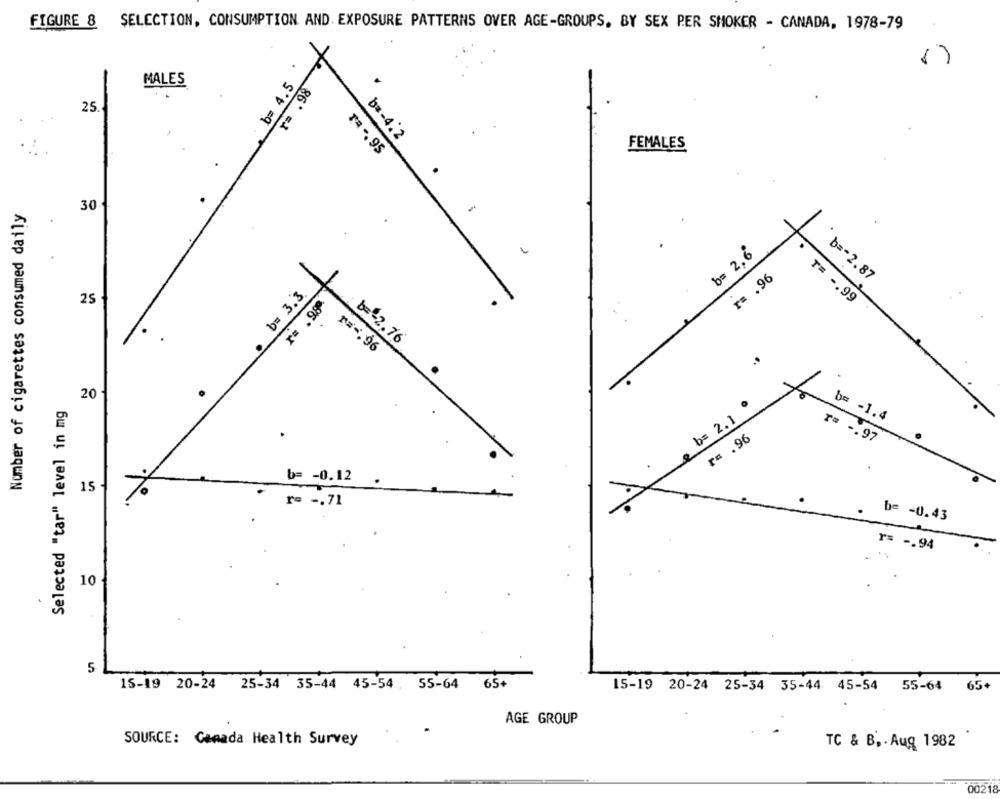
FIGURE 8 SELECTION, CONSUMPTION AND. EXPOSURE PATTERNS OVER AGE-GROUPS, BY SEX PER SMOKER - CANADA, 1978-79
b= 4.5
MALES
r= . 98
25
b =- 4:2
ra -. 95
FEMALES
Number of cigarettes consumed daily
30
b= 2,6
r= . 96
b == 2.87
b= 3.3
25
r= . 989.
T= -. 99
b =- 2.76
r =-. 96
20
Selected "tar" level in mg
b= 2.1
b= - 1.4
.
r= . 96
T= -. 97
b= - 0.12
15 -
re -. 71
be -0.43
r= -. 94
10
5
15-19 20-24 25-34 35-44 45-54 . 55-64
65+
15-19 20-24 25-34 35-44 45-54 55-64 65+
AGE GROUP
SOURCE: Camada Health Survey
.
TC & B, . Aug 1982
0021: